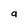
Character: a